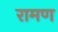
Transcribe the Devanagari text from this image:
रामण